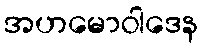
အဟမောဝါဒေန